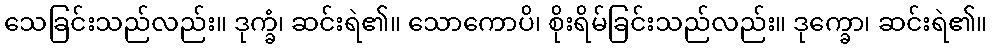
သေခြင်းသည်လည်း။ ဒုက္ခံ၊ ဆင်းရဲ၏။ သောကောပိ၊ စိုးရိမ်ခြင်းသည်လည်း။ ဒုက္ခော၊ ဆင်းရဲ၏။